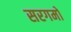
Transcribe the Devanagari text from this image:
सरगमों